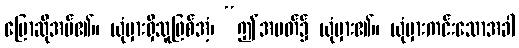
ပြောဆိုအပ်၏။ ယုံမှားရှိသူဖြစ်အံ့၊ “ဤအပတ်၌ ယုံမှား၏။ ယုံမှားကင်းသောအခါ